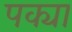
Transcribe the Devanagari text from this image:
पक्या